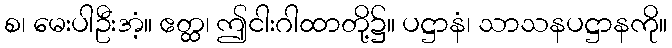
စ၊ မေးပါဦးအံ့။ ဧတ္ထ၊ ဤငါးဂါထာတို့၌။ ပဋ္ဌာနံ၊ သာသနပဋ္ဌာနကို။